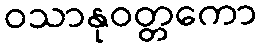
ဝသာနုဝတ္တကော